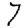
Digit: 7